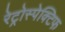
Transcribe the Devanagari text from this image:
रेट्रोस्‍पेक्टिफ